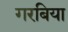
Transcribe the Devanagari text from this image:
गरबिया